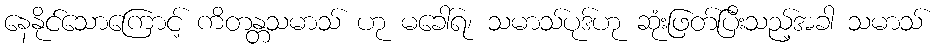
နေနိုင်သောကြောင့် ကိတန္တသမာသ် ဟု မခေါ်ရ၊ သမာသ်ပုဒ်ဟု ဆုံးဖြတ်ပြီးသည့်အခါ သမာသ်